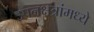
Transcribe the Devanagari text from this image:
उपनक्षत्रांमध्ये